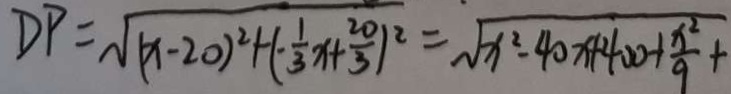
D P = \sqrt { ( x - 2 0 ) ^ { 2 } + ( - \frac { 1 } { 3 } x + \frac { 2 0 } { 3 } ) ^ { 2 } } = \sqrt { x ^ { 2 } - 4 0 x + 4 0 0 + \frac { x ^ { 2 } } { 9 } + }